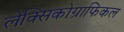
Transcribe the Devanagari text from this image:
लेक्सिकोग्राफिकल